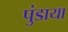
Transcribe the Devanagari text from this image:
पुंडाया